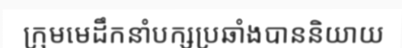
ក្រុមមេដឹកនាំបក្សប្រឆាំងបាននិយាយ